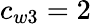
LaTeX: c_{w3}=2